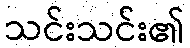
သင်းသင်း၏